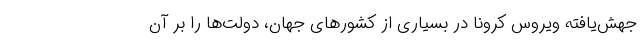
جهش‌یافته ویروس کرونا در بسیاری از کشورهای جهان، دولت‌ها را بر آن